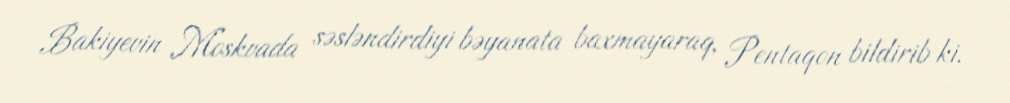
Bakiyevin Moskvada səsləndirdiyi bəyanata baxmayaraq, Pentaqon bildirib ki,